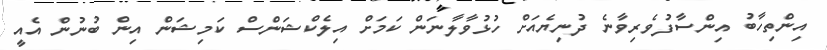
އިންތިހާބު އިންސާފުވެރިވާނެ ދުނިޔެއަށް ހުޅުވާލާނަން ކަމަށް އިލެކްޝަންސް ކަމިޝަން އިން ބުނުން އެއީ